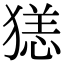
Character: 㺊